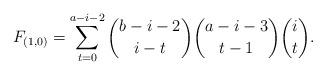
LaTeX: \begin{align*} F_{(1,0)} = \sum_{t=0}^{a-i-2} \binom{b-i-2}{i-t} \binom{a-i-3}{t-1} \binom{i}{t}. \end{align*}